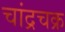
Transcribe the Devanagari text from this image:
चांद्रचक्र